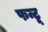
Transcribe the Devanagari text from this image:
फन्टू